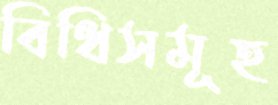
বিধিসমূহ